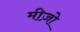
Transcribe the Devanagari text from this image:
मीज़ो